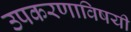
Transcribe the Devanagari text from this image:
उपकरणाविषयी